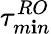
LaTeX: \tau_{m\mathbf{i}n}^{RO}